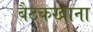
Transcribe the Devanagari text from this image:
बैठकखाना